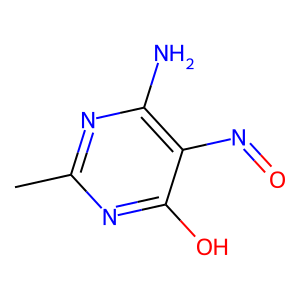
SMILES: Cc1nc(N)c(N=O)c(O)n1
Inhibits HIV replication: No